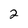
Character: 2